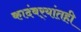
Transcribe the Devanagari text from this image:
कादंबर्‍यांतही